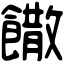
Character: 饊